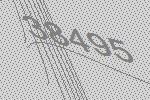
38495